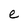
Character: e